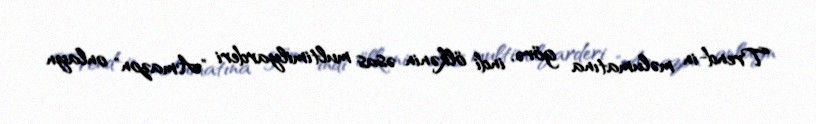
Trend-in məlumatına görə, indi ölkənin əsas multimilyarderi "Amazon" onlayn